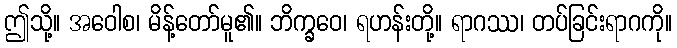
ဤသို့။ အဝေါစ၊ မိန့်တော်မူ၏။ ဘိက္ခဝေ၊ ရဟန်းတို့။ ရာဂဿ၊ တပ်ခြင်းရာဂကို။